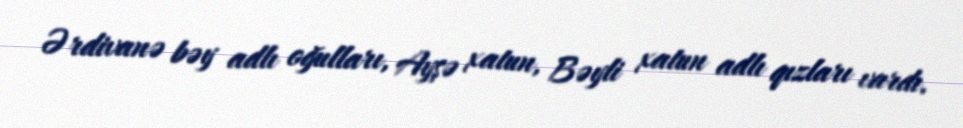
Ərdivanə bəy adlı oğulları, Ayşə xatun, Bəyli xatun adlı qızları vardı.